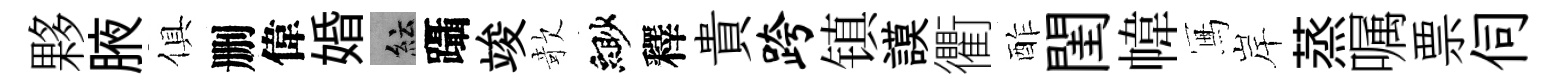
夥腋俱删偉婚紜躡竣欹緲釋貴跨镇謨衢酢閨幃冩岸蒸嘱票伺